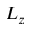
L _ { z }